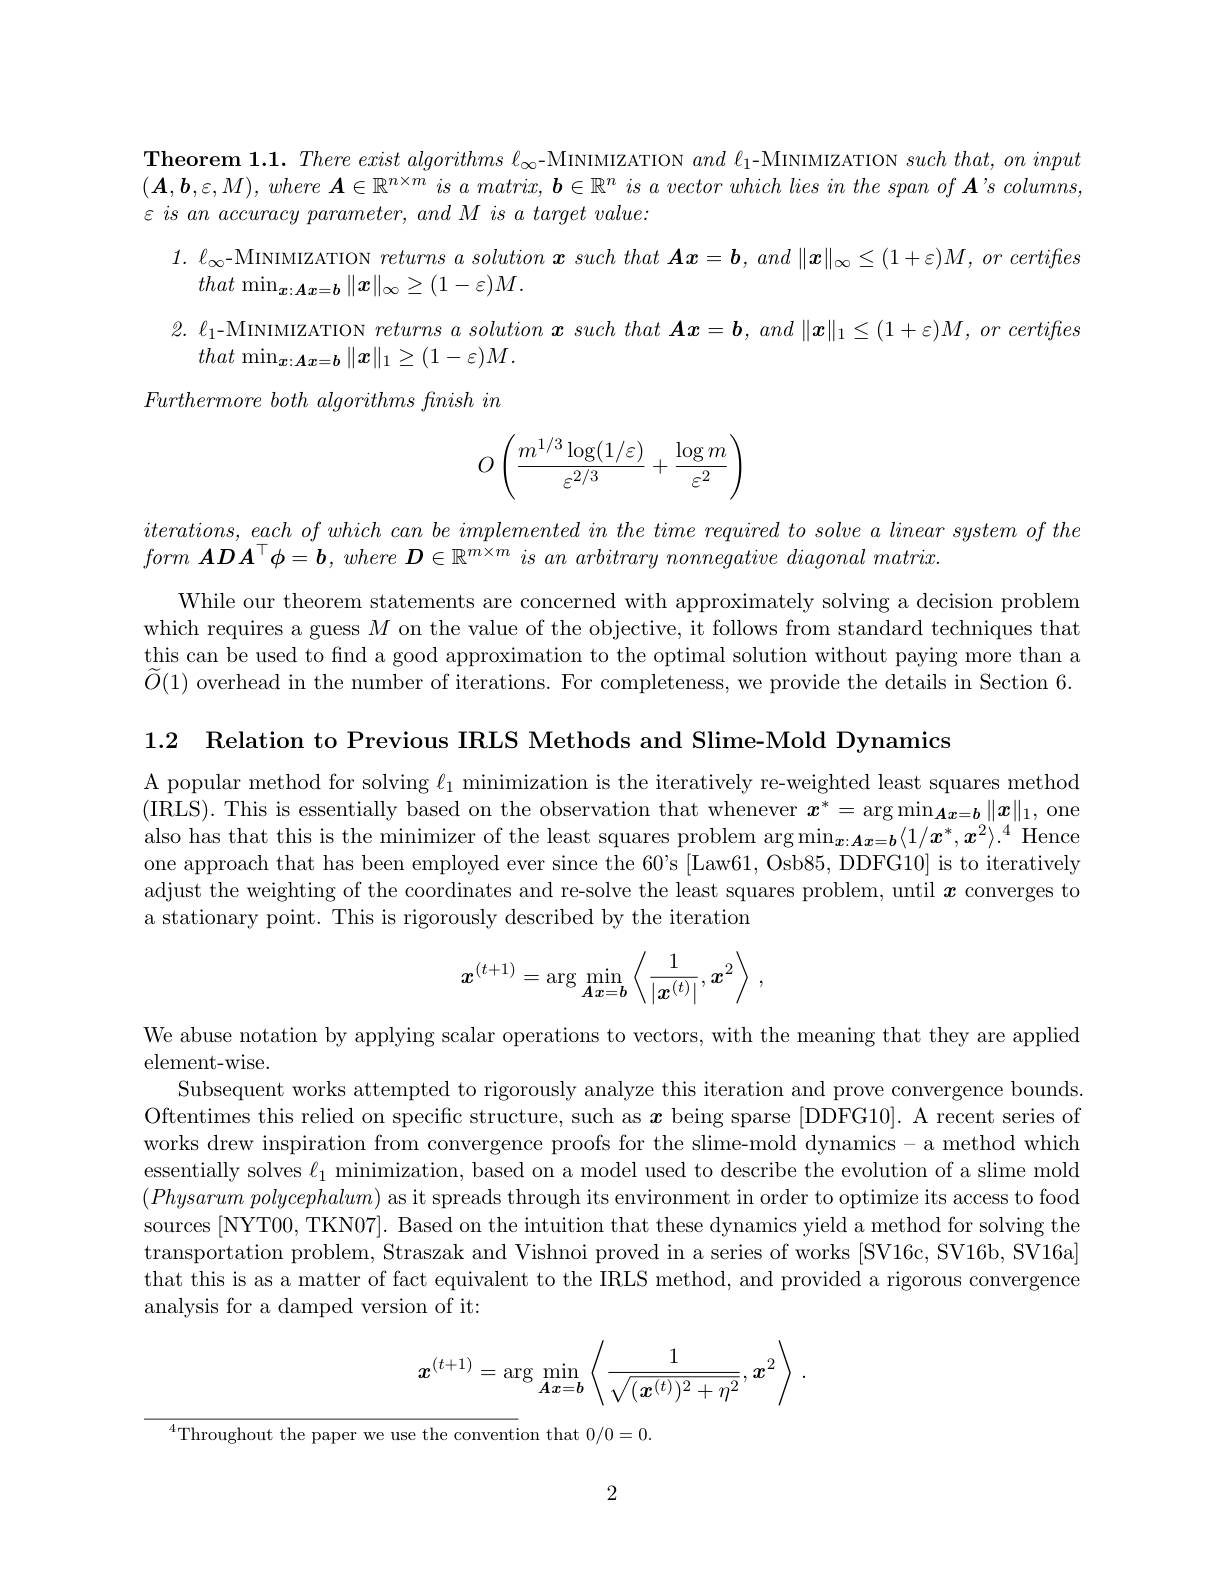
$\textbf{Theorem 1. 1. There exist algorithms }\ell _{\infty }$-MINIMIZATION $and\ell_1$-MINIMIZATION $such\textit{ that, on inputin }$ $( \boldsymbol{A}, \boldsymbol{b}, \varepsilon , M) , where\boldsymbol{A}\in \mathbb{R} ^{n\times m}\textit{ is a matrix, }\boldsymbol{b}\in \mathbb{R} ^n\textit{ is a vector which lies in the span of A' s columns, }$ $\varepsilon \textit{ is an accuracy parameter, and M is a target value: }$
$1.\ell_{\infty}$-MINIMIZATION $returnsasolution\boldsymbol{x}suchthat\boldsymbol{A}\boldsymbol{x}=\boldsymbol{b},and\left\|\boldsymbol{x}\right\|_{\infty}\leq(1+\varepsilon)M,orcertifies$
that $\operatorname* { min} _{\boldsymbol{x}: \boldsymbol{A}\boldsymbol{x}= \boldsymbol{b}}\| \boldsymbol{x}\| _{\infty }\geq ( 1- \varepsilon ) M.$
$2.\ell_{1}$-MINIMIZATION $returnsasolution\boldsymbol{x}suchthat\boldsymbol{A}\boldsymbol{x}=\boldsymbol{b},and\left\|\boldsymbol{x}\right\|_{1}\leq(1+\varepsilon)M,orcertifies$
that $\operatorname* { min} _{\boldsymbol{x}: \boldsymbol{A}\boldsymbol{x}= \boldsymbol{b}}\| \boldsymbol{x}\| _{1}\geq ( 1- \varepsilon ) M.$ $Furthermore\textit{both algorithms finish in}$
$$O\left(\frac{m^{1/3}\log(1/\varepsilon)}{\varepsilon^{2/3}}+\frac{\log m}{\varepsilon^2}\right)$$
$iterations$, each $of$ which can $be$ implemented $in$ the time required $to$ solve $a$ linear system $of$ the
$form\boldsymbol{ADA}^\top \phi = \boldsymbol{b}, where\boldsymbol{D}\in \mathbb{R} ^{m\times m}isanarbitrary\textit{ nonnegative diagonal matrix}$

While our theorem statements are concerned with approximately solving a decision problem which requires a guess $M$ on the value of the objective, it follows from standard techniques that this can be used to find a good approximation to the optimal solution without paying more than a $\widetilde{O}(1)$ overhead in the number of iterations. For completeness, we provide the details in Section 6.

1.2 Relation to Previous IRLS Methods and Slime-Mold Dynamics

A popular method for solving $\ell_1$ minimization is the iteratively re-weighted least squares method (IRLS). This is essentially based on the observation that whenever $x^*=\arg\min_{\boldsymbol{A}\boldsymbol{x}=\boldsymbol{b}}\|\boldsymbol{x}\|_1$, one also has that this is the minimizer of the least squares problem arg min$_x:\boldsymbol{A}\boldsymbol{x}=\boldsymbol{b}\langle1/\boldsymbol{x}^*,\boldsymbol{x}^2\rangle.^4$ Hence one approach that has been employed ever since the 60's [Law61, Osb85, DDFG10] is to iteratively adjust the weighting of the coordinates and re-solve the least squares problem, until $x$ converges to a stationary point. This is rigorously described by the iteration
$$x^{(t+1)}=\arg\min_{A\boldsymbol{x}=\boldsymbol{b}}\left\langle\frac{1}{|\boldsymbol{x}^{(t)}|},\boldsymbol{x}^{2}\right\rangle\:,$$
We abuse notation by applying scalar operations to vectors, with the meaning that they are applied

element-wise.
Subsequent works attempted to rigorously analyze this iteration and prove convergence bounds Oftentimes this relied on specific structure, such as $x$ being sparse [DDFG10]. A recent series of works drew inspiration from convergence proofs for the slime-mold dynamics- a method which essentially solves $\ell_1$ minimization, based on a model used to describe the evolution of a slime mold $(Physarumpolycephalum)$ as it spreads through its environment in order to optimize its access to food sources [NYT00, TKN07]. Based on the intuition that these dynamics yield a method for solving the transportation problem, Straszak and Vishnoi proved in a series of works [SV16c, SV16b, SV16a] that this is as a matter of fact equivalent to the IRLS method, and provided a rigorous convergence analysis for a damped version of it:
$$\boldsymbol{x}^{(t+1)}=\arg\min_{\boldsymbol{A}\boldsymbol{x}=\boldsymbol{b}}\left\langle\frac{1}{\sqrt{(\boldsymbol{x}^{(t)})^2+\eta^2}},\boldsymbol{x}^2\right\rangle\:.$$
$^{4}$Throughout the paper we use the convention that 0/0=0.

2